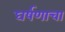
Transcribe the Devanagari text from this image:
घर्षणाचा